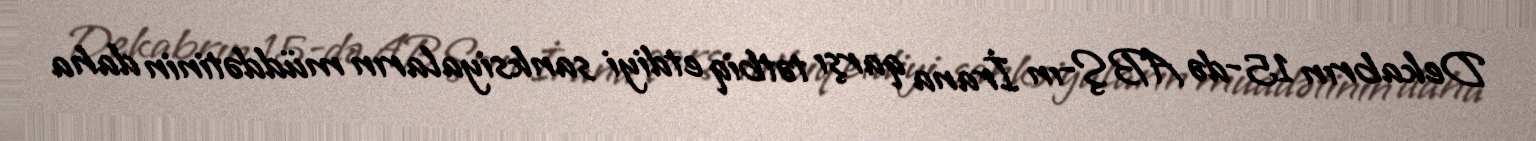
Dekabrın 15-də ABŞ-ın İrana qarşı tətbiq etdiyi sanksiyaların müddətinin daha